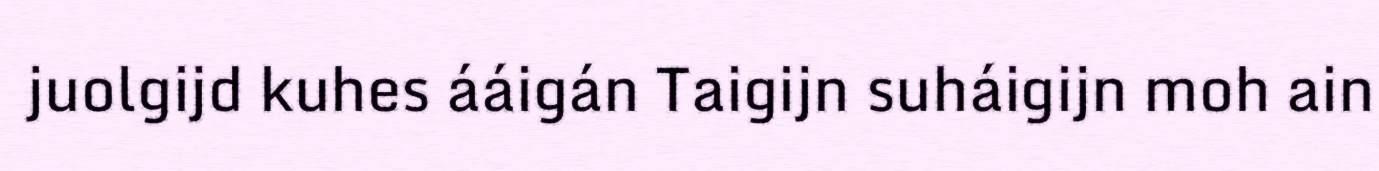
juolgijd kuhes ááigán Taigijn suháigijn moh ain